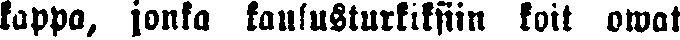
kappa, jonka kaulusturkiksiin koit owat